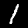
Label: 1